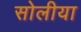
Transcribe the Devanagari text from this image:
सोलीया